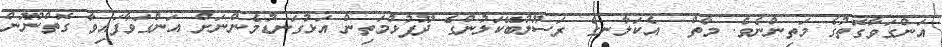
އަންގަވާގޮތުގެ މަތިންނެވެ. މާތް  އެކަލާނގެ ރަސޫލުބޭކަލުންގެ ދޫފުޅުމަތިން އަޅުގަނޑުމެންނަށް އަންގަވާފައިވާ ގޮތްނޫން